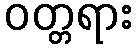
ဝတ္တရား